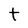
Character: t